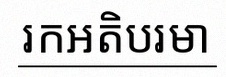
រកអតិបរមា